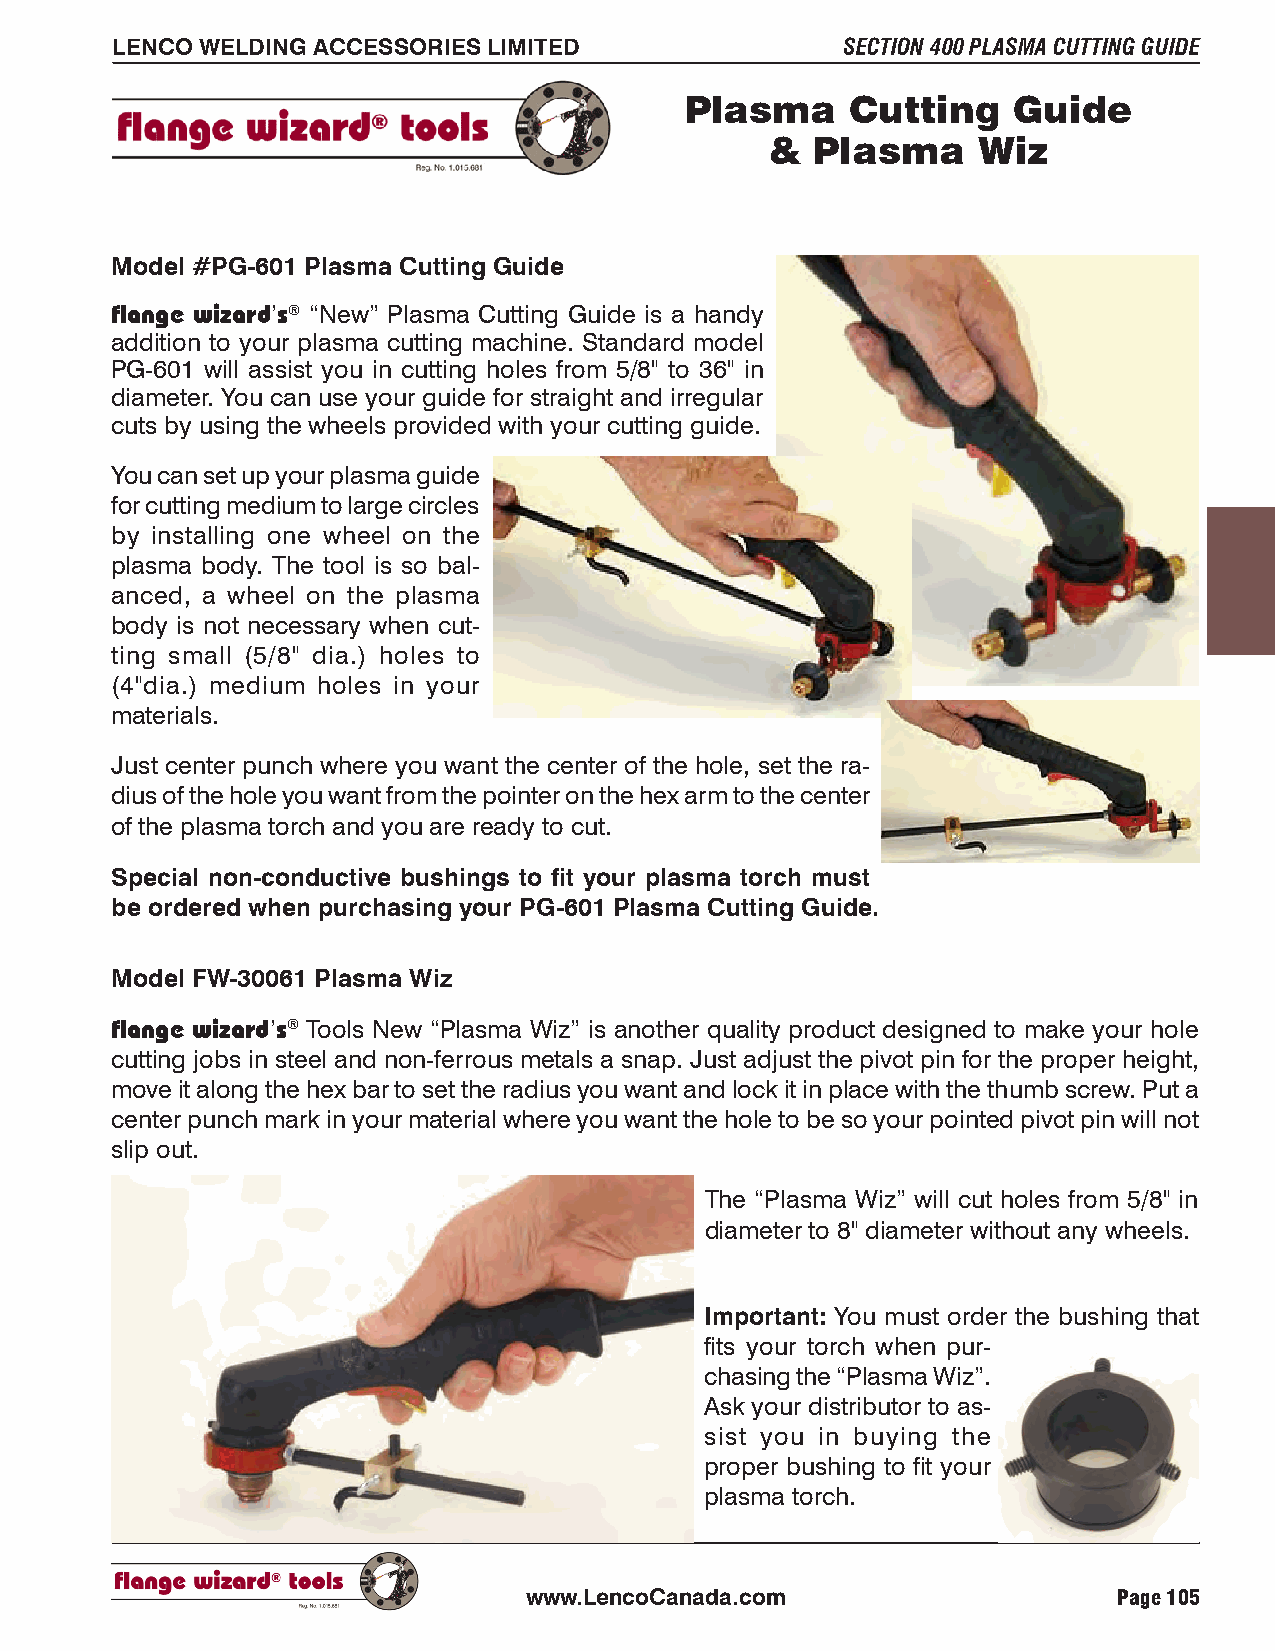
LENCO WELDING ACCESSORIES LIMITED                SECTION 400 PLASMA CUTTING GUIDE
 Plasma     Cutting    Guide
 &  Plasma     Wiz
 Model #PG-601 Plasma Cutting Guide
 flange wizard’s® “New” Plasma Cutting Guide is a handy
 addition to your plasma cutting machine. Standard model
 PG-601 will assist you in cutting holes from 5/8" to 36" in
 diameter. You can use your guide for straight and irregular
 cuts by using the wheels provided with your cutting guide.
 You can set up your plasma guide
 for cutting medium to large circles
 by installing one wheel on the
 plasma body. The tool is so bal-
 anced, a wheel on the plasma
 body is not necessary when cut-
 ting small (5/8" dia.) holes to
 (4"dia.) medium holes in your
 materials.
 Just center punch where you want the center of the hole, set the ra-
 dius of the hole you want from the pointer on the hex arm to the center
 of the plasma torch and you are ready to cut.
 Special non-conductive bushings to fit your plasma torch must
 be ordered when purchasing your PG-601 Plasma Cutting Guide.
 Model FW-30061 Plasma Wiz
 flange wizard’s® Tools New “Plasma Wiz” is another quality product designed to make your hole
 cutting jobs in steel and non-ferrous metals a snap. Just adjust the pivot pin for the proper height,
 move it along the hex bar to set the radius you want and lock it in place with the thumb screw. Put a
 center punch mark in your material where you want the hole to be so your pointed pivot pin will not
 slip out.
 The “Plasma Wiz” will cut holes from 5/8" in
 diameter to 8" diameter without any wheels.
 Important: You must order the bushing that
 fits your torch when pur-
 chasing the “Plasma Wiz”.
 Ask your distributor to as-
 sist you in buying the
 proper bushing to fit your
 plasma torch.
 www.LencoCanada.com                    Page 105